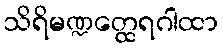
သိရိမဏ္ဍတ္ထေရဂါထာ